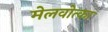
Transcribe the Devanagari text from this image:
मेलवोत्का